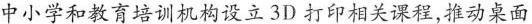
中小学和教育培训机构设立3D 打印相关课程,推动桌面